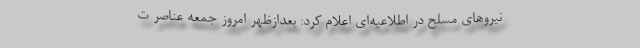
نیروهای مسلح در اطلاعیه‌ای اعلام کرد: بعدازظهر امروز جمعه عناصر ت